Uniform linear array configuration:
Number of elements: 32
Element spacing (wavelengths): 0.75
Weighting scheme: hamming
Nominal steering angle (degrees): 30
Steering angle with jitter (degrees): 30.995
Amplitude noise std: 0.05
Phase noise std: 0.05

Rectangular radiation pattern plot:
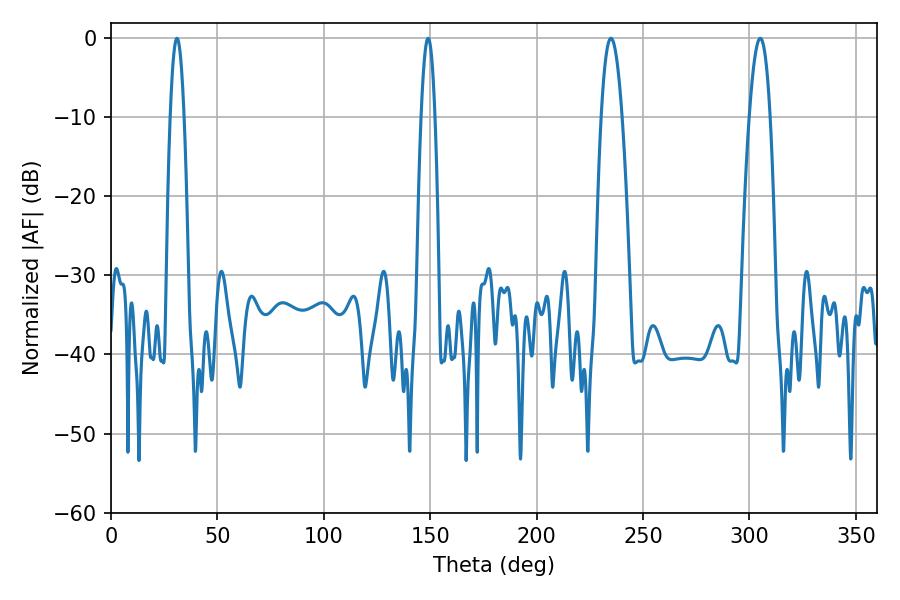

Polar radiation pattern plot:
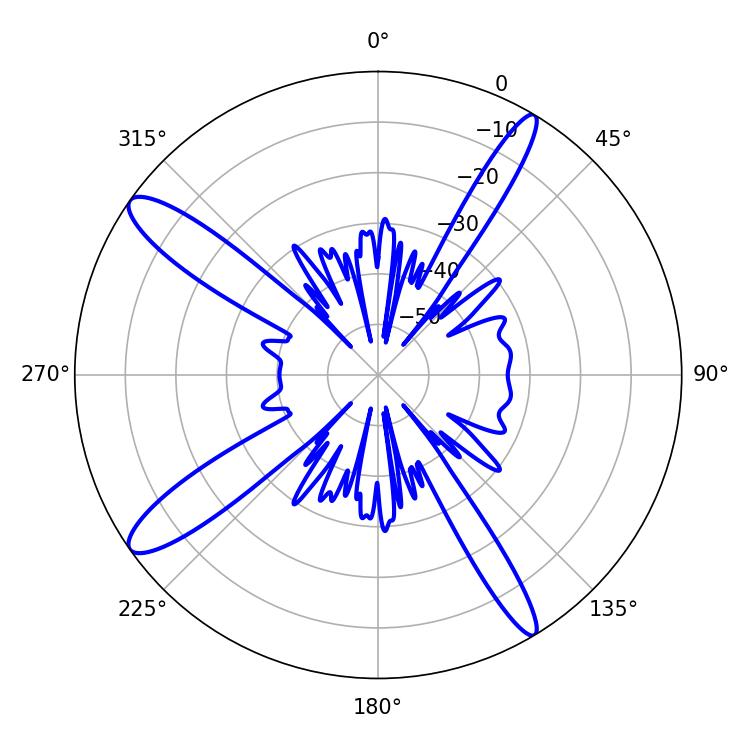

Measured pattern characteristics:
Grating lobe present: TRUE
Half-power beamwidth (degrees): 5.4
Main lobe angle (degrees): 234.9